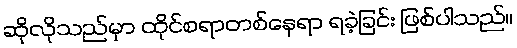
ဆိုလိုသည်မှာ ထိုင်စရာတစ်နေရာ ရခဲ့ခြင်း ဖြစ်ပါသည်။